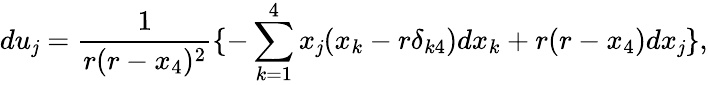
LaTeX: du_{\mathit{j}}=\frac{1}{{r(r-x_{4})^{2}}}\{ -\sum_{k=1}^{4}x_{\mathit{j}}(x_{k}-r\delta_{k4})dx_{k}+r(r-x_{4})dx_{\mathit{j}}\} ,